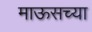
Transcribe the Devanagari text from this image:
माऊसच्या